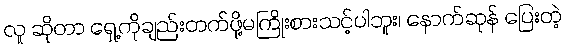
လူ ဆိုတာ ရှေ့ကိုချည်းတက်ဖို့မကြိုးစားသင့်ပါဘူး၊ နောက်ဆုန် ပြေးတဲ့